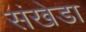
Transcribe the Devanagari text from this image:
संखेडा